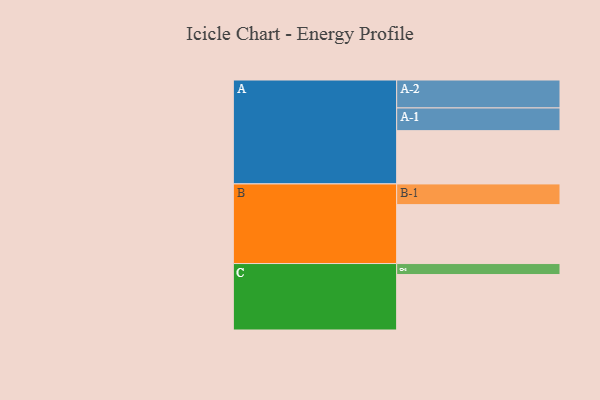
{"axis": {"x": "Segment", "y": "Value"}, "legend": ["", "A", "B", "C"], "data": [{"x": "A", "y": 368, "type": ""}, {"x": "B", "y": 407, "type": ""}, {"x": "C", "y": 383, "type": ""}, {"x": "A-1", "y": 157, "type": "A"}, {"x": "A-2", "y": 193, "type": "A"}, {"x": "B-1", "y": 143, "type": "B"}, {"x": "C-1", "y": 76, "type": "C"}]}